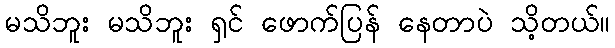
မသိဘူး မသိဘူး ရှင် ဖောက်ပြန် နေတာပဲ သိ့တယ်။